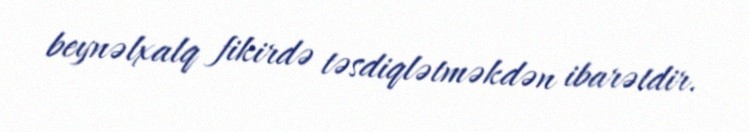
beynəlxalq fikirdə təsdiqlətməkdən ibarətdir.